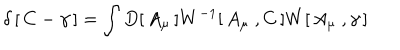
\delta \left[ \, C - \gamma \, \right] = \int D [ \, A _ { \mu } \, ] W ^ { - 1 } [ \, A _ { \mu } \ , C \, ] W [ \, A _ { \mu } \ , \gamma \, ]